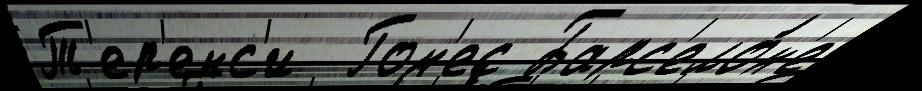
Т'ер'енс'и  Гом'ес Барс'ело́н'е